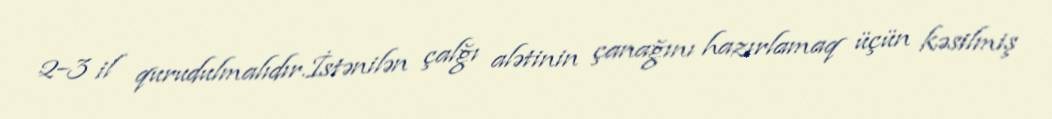
2–3 il qurudulmalıdır.İstənilən çalğı alətinin çanağını hazırlamaq üçün kəsilmiş